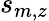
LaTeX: s_{m,z}